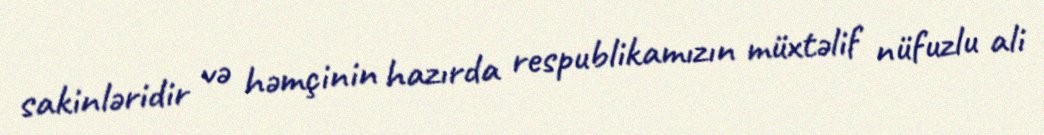
sakinləridir və həmçinin hazırda respublikamızın müxtəlif nüfuzlu ali